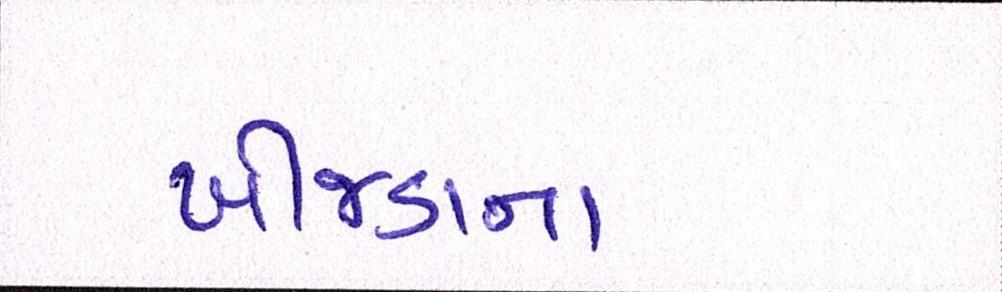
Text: ખીજડાના